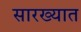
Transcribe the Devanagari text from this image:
सारख्यात